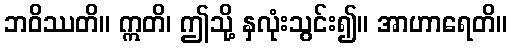
ဘဝိဿတိ။ ဣတိ၊ ဤသို့ နှလုံးသွင်း၍။ အာဟာရေတိ။